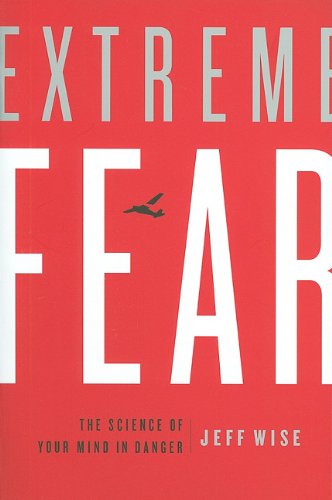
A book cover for Extreme Fear: The Science of Your Mind in Danger (MacSci); Jeff Wise; Medical Books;